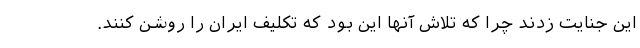
این جنایت زدند چرا که تلاش آنها این بود که تکلیف ایران را روشن کنند.